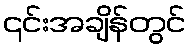
၎င်းအချိန်တွင်